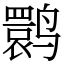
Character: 鹮